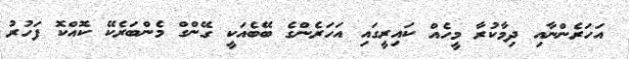
އަހަރެންނާއި ދިމާކުރާ މީހެއް ކައިރީގައި އަހަރެންގެ ބޭބެއަކީ ގޭންގް މެންބަރެކޭ ކޮއްކޮ ފަހުރު